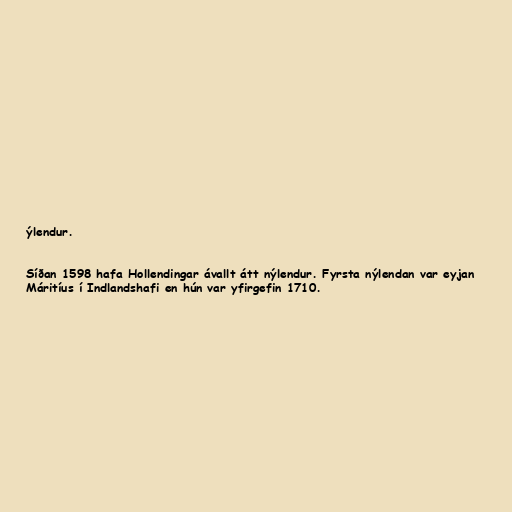
ýlendur.

Síðan 1598 hafa Hollendingar ávallt átt nýlendur. Fyrsta nýlendan var eyjan
Máritíus í Indlandshafi en hún var yfirgefin 1710.